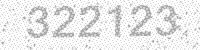
Solution: 322123